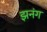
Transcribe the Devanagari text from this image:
झनंग